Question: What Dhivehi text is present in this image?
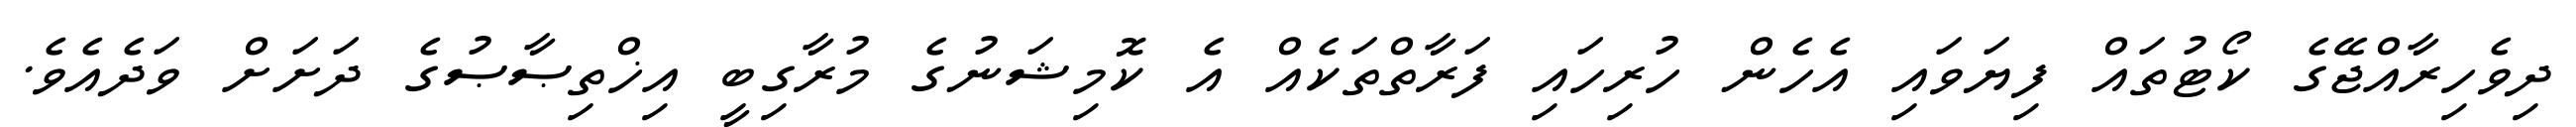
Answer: ދިވެހިރާއްޖޭގެ ކޯޓުތައް ފިޔަވައި އެހެން ހުރިހައި ފަރާތްތަކެއް އެ ކޮމިޝަނުގެ މުރާގިބީ އިޚްތިޞާޞުގެ ދަށަށް ވަދެއެވެ.